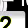
Digit: 2